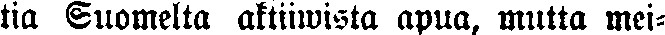
tia Suomelta aktiiwista apua, mutta mei-